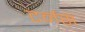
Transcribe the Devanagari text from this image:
टर्नस